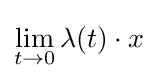
\lim _{t\to 0}\lambda (t)\cdot x